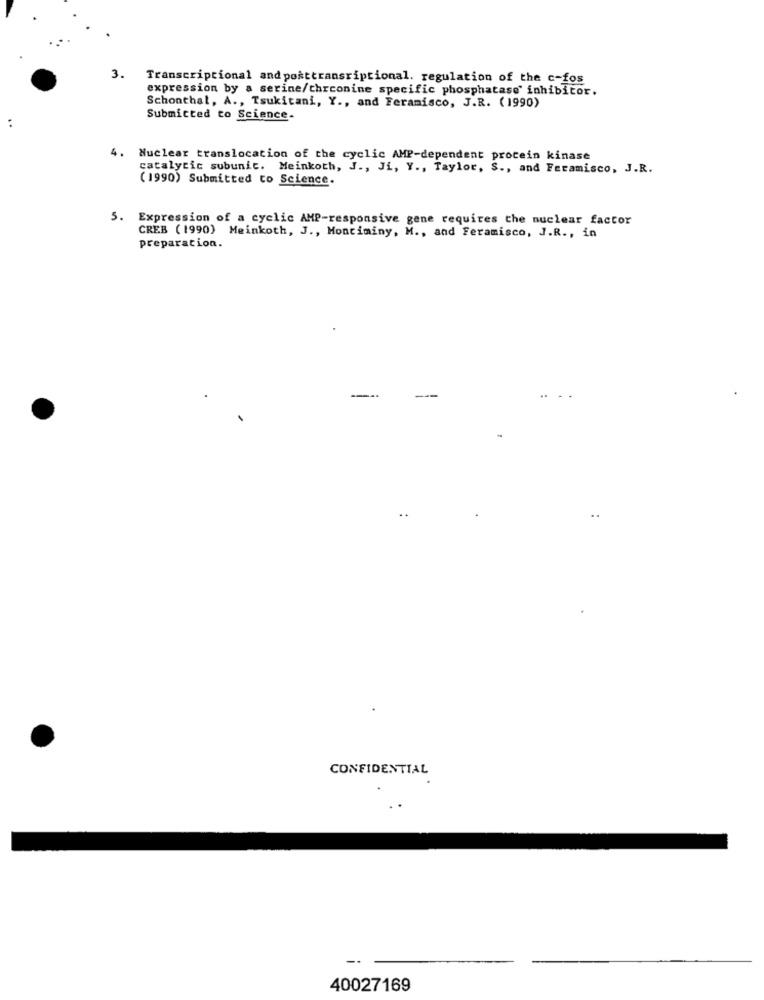
3.
Transcriptional and posttransriptional. regulation of the c-fos
expression by a serine/chrconine specific phosphatase inhibitor.
Schonthal, A ., Tsukitani, Y ., and Feramisco, J.R. (1990)
Submitted to Science-
4.
Nuclear translocation of the cyclic AMP-dependent protein kinase
catalytic subunic. Meinkoth, J ., Ji, Y ., Taylor, S ., and Feramisco, J.R.
(1990) Submitted to Science.
. Expression of a cyclic AMP-responsive gene requires the nuclear factor
CREB (1990) Meinkoth, J ., Monciminy, M ., and Feramisco, J.R ., in
preparation.
..
CONFIDENTIAL
40027169